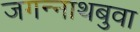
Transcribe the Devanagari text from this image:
जगन्‍नाथबुवा